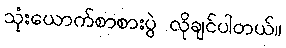
သုံးယောက်စာစားပွဲ လိုချင်ပါတယ်။